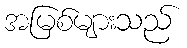
အမြစ်များသည်